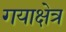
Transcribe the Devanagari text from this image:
गयाक्षेत्र